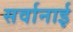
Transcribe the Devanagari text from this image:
सर्वानाई